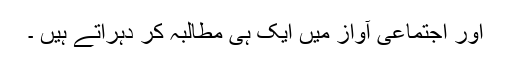
اور اجتماعی آواز میں ایک ہی مطالبہ کر دہراتے ہیں ۔